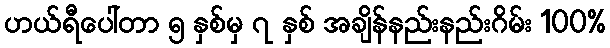
ဟယ်ရီပေါ်တာ ၅ နှစ်မှ ၇ နှစ် အချိန်နည်းနည်းဂိမ်း 100%